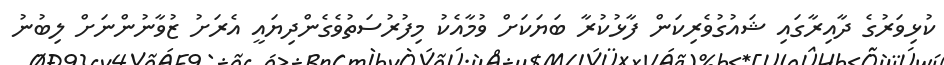
ކުޅިވަރުގެ ދާއިރާގައި ޝައުގުވެރިކަން ފާޅުކުރާ ބަޔަކަށް ވުމާއެކު މިފުރުސަތުވެގެންދިޔައީ އެރަށު ޒުވާނުންނަށް ލިބުނު